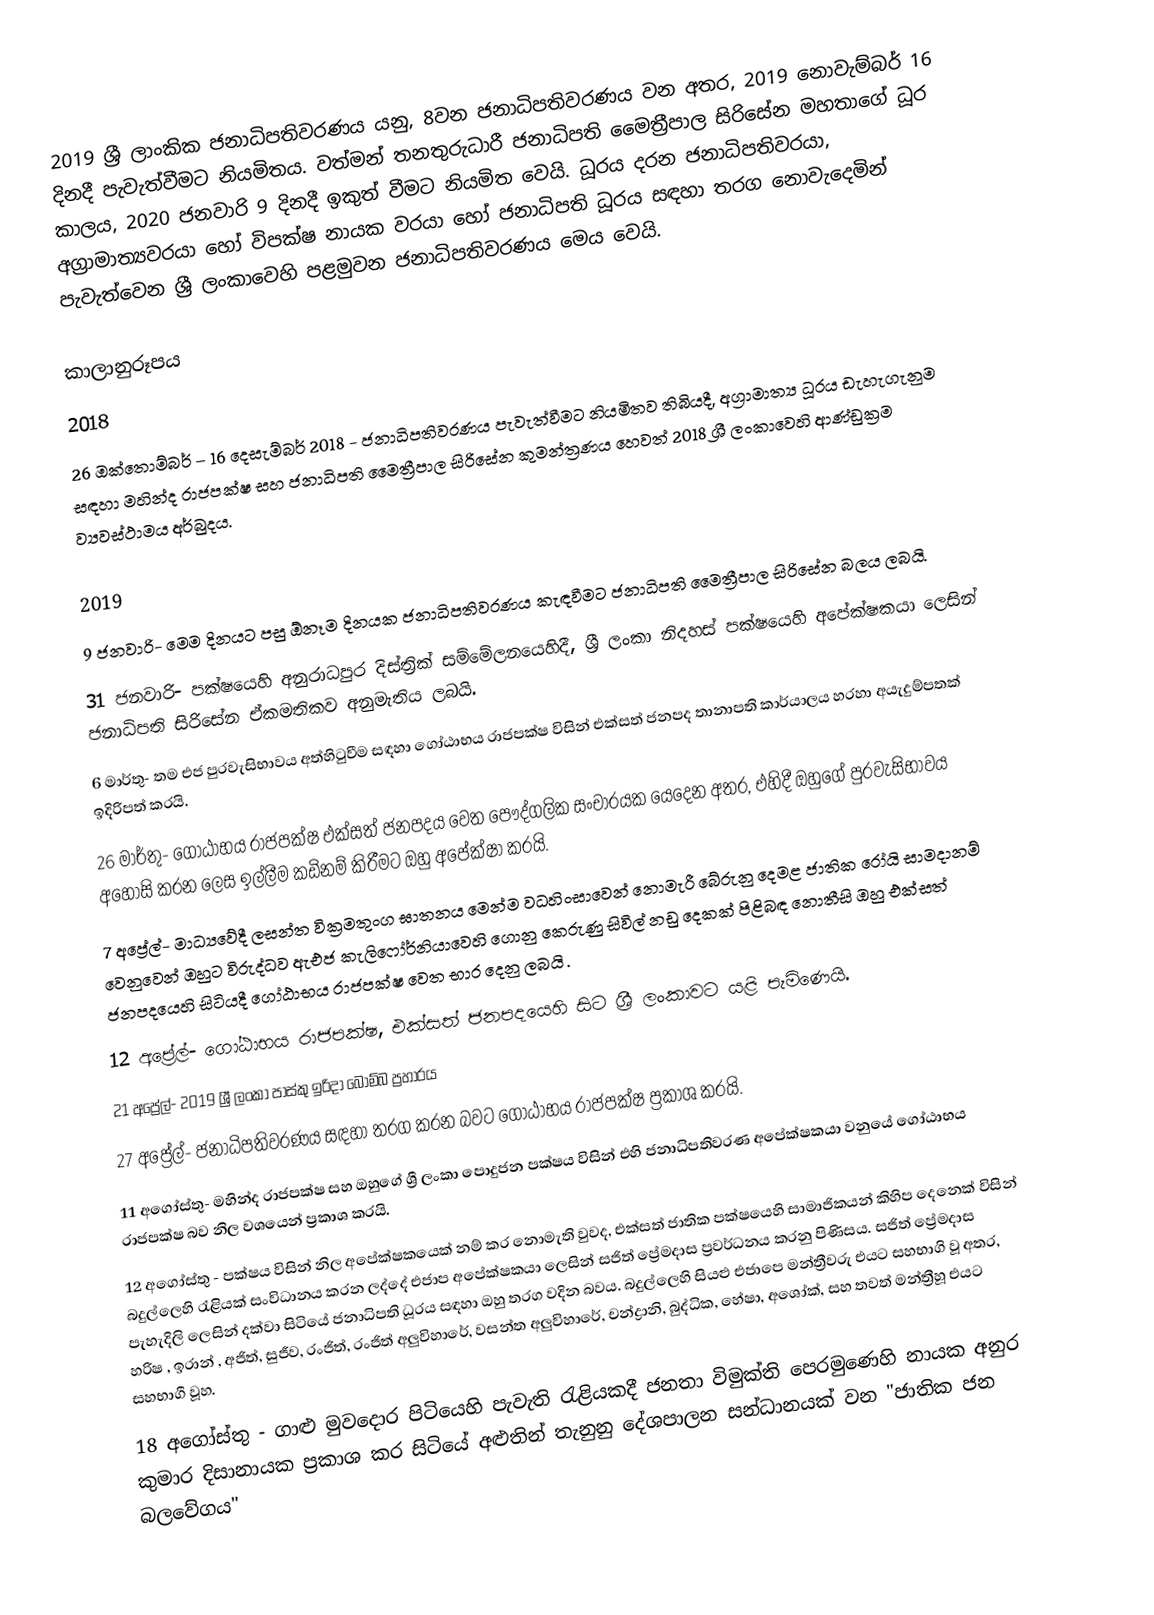
2019 ශ්‍රී ලාංකික ජනාධිපතිවරණය යනු, 8වන ජනාධිපතිවරණය වන අතර, 2019 නොවැම්බර් 16 දිනදී පැවැත්වීමට නියමිතය. වත්මන් තනතුරුධාරී ජනාධිපති මෛත්‍රීපාල සිරිසේන මහතාගේ ධූර කාලය, 2020 ජනවාරි 9 දිනදී ඉකුත් වීමට නියමිත වෙයි. ධූරය දරන ජනාධිපතිවරයා, අග්‍රාමාත්‍යවරයා හෝ විපක්ෂ නායක වරයා හෝ ජනාධිපති ධූරය සඳහා තරග නොවැදෙමින් පැවැත්වෙන ශ්‍රී ලංකාවෙහි පළමුවන ජනාධිපතිවරණය මෙය වෙයි.

කාලානුරූපය
2018
 26 ඔක්තොම්බර් – 16 දෙසැම්බර් 2018 - ජනාධිපතිවරණය පැවැත්වීමට නියමිතව තිබියදී, අග්‍රාමාත්‍ය ධූරය ඩැහැගැනුම සඳහා මහින්ද රාජපක්ෂ සහ ජනාධිපති මෛත්‍රීපාල සිරිසේන කුමන්ත්‍රණය හෙවත් 2018 ශ්‍රී ලංකාවෙහි ආණ්ඩුක්‍රම ව්‍යවස්ථාමය අර්බුදය.

2019
 9 ජනවාරි- මෙම දිනයට පසු ඕනෑම දිනයක ජනාධිපතිවරණය කැඳවීමට ජනාධිපති මෛත්‍රීපාල සිරිසේන බලය ලබයි.
 31 ජනවාරි- පක්ෂයෙහි අනුරාධපුර දිස්ත්‍රික් සම්මේලනයෙහිදී, ශ්‍රී ලංකා නිදහස් පක්ෂයෙහි අපේක්ෂකයා ලෙසින් ජනාධිපති සිරිසේන ඒකමතිකව අනුමැතිය ලබයි.
 6 මාර්තු- තම එජ පුරවැසිභාවය අත්හිටුවීම සඳහා ගෝඨාභය රාජපක්ෂ විසින් එක්සත් ජනපද තානාපති කාර්යාලය හරහා අයැදුම්පතක් ඉදිරිපත් කරයි.
 26 මාර්තු- ගෝඨාභය රාජපක්ෂ එක්සත් ජනපදය වෙත පෞද්ගලික සංචාරයක යෙදෙන අතර, එහිදී ඔහුගේ පුරවැසිභාවය අහෝසි කරන ලෙස ඉල්ලීම කඩිනම් කිරීමට ඔහු අපේක්ෂා කරයි.
 7 අප්‍රේල්- මාධ්‍යවේදී ලසන්ත වික්‍රමතුංග ඝාතනය මෙන්ම  වධහිංසාවෙන් නොමැරී බේරුනු දෙමළ ජාතික රෝයි සාමදානම් වෙනුවෙන් ඔහුට විරුද්ධව ඇඑජ කැලිෆෝර්නියාවෙහි ගොනු කෙරුණු සිවිල් නඩු දෙකක් පිළිබඳ නොතීසි ඔහු එක්සත් ජනපදයෙහි සිටියදී ගෝඨාභය රාජපක්ෂ වෙත භාර දෙනු ලබයි .
 12 අප්‍රේල්- ගෝඨාභය රාජපක්ෂ, එක්සත් ජනපදයෙහි සිට ශ්‍රී ලංකාවට යළි පැමිණෙයි.
 21 අප්‍රේල්- 2019 ශ්‍රී ලංකා පාස්කු ඉරිදා බෝම්බ ප්‍රහාරය
 27 අප්‍රේල්- ජනාධිපතිවරණය සඳහා තරග කරන බවට ගෝඨාභය රාජපක්ෂ ප්‍රකාශ කරයි.
 11 අගෝස්තු- මහින්ද රාජපක්ෂ සහ ඔහුගේ ශ්‍රී ලංකා පොදුජන පක්ෂය විසින් එහි ජනාධිපතිවරණ අපේක්ෂකයා වනුයේ ගෝඨාභය රාජපක්ෂ බව නිල වශයෙන් ප්‍රකාශ කරයි.
 12 අගෝස්තු - පක්ෂය විසින් නිල අපේක්ෂකයෙක් නම් කර නොමැති වුවද, එක්සත් ජාතික පක්ෂයෙහි සාමාජිකයන් කිහිප දෙනෙක් විසින් බදුල්ලෙහි රැළියක් සංවිධානය කරන ලද්දේ එජාප අපේක්ෂකයා ලෙසින් සජිත් ප්‍රේමදාස  ප්‍රවර්ධනය කරනු පිණිසය. සජිත් ප්‍රේමදාස පැහැදිලි ලෙසින් දක්වා සිටියේ ජනාධිපති ධූරය සඳහා ඔහු තරග වදින බවය. බදුල්ලෙහි සියළු එජාපෙ මන්ත්‍රීවරු එයට සහභාගි වූ අතර, හරිෂ , ඉරාන් , අජිත්, සුජීව, රංජිත්, රංජිත් අලුවිහාරේ, වසන්ත අලුවිහාරේ, චන්ද්‍රානි, බුද්ධික, හේෂා, අශෝක්, සහ තවත් මන්ත්‍රීහූ එයට සහභාගී වූහ.
 18 අගෝස්තු - ගාළු මුවදොර පිටියෙහි පැවැති රැළියකදී ජනතා විමුක්ති පෙරමුණෙහි නායක අනුර කුමාර දිසානායක ප්‍රකාශ කර සිටියේ අළුතින් තැනුනු දේශපාලන සන්ධානයක් වන "ජාතික ජන බලවේගය"